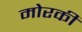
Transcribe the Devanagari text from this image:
मोरकी